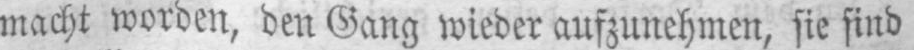
macht worden, den Gang wieder aufzunehmen, sie find